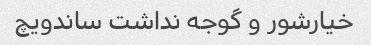
خیارشور و گوجه نداشت ساندویچ